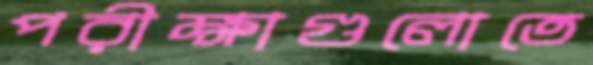
পরীক্ষাগুলোতে